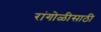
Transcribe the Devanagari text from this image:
रांगोळीसाठी